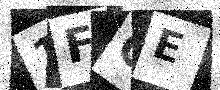
Text: 1FCE